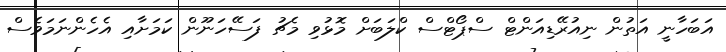
އަބަހާނީ އަތުން ނިއުރޭޑިއަންޓް ސްޕޯޓްސް ކްލަބަށް މޮޅުވި މެޗު ފަސޭހަނޫން ކަމަށާއި އެހެންނަމަވެސް